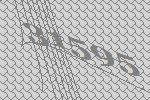
31595